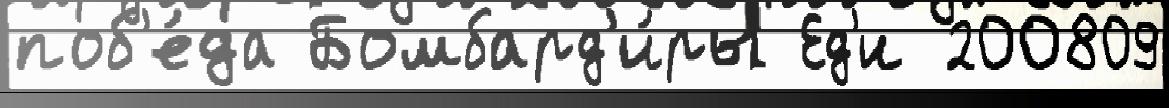
поб'е́да Бомбард'и́ры Ед'и 200809